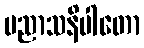
ပညာသနိပါတော